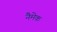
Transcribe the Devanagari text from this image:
नैमेक